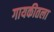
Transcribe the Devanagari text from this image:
गायकीतला